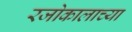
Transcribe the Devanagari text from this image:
रजोकालाच्या